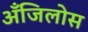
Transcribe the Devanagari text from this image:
अँजिलोस